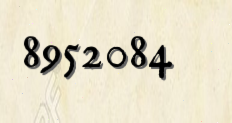
8952084